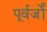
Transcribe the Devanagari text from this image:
पूर्वर्जों